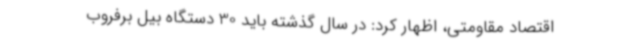
اقتصاد مقاومتی، اظهار کرد: در سال گذشته باید 30 دستگاه بیل برفروب